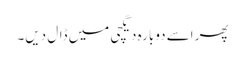
پھر اسے دوبارہ دیگچی میں ڈال دیں۔